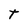
Character: t